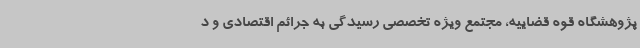
پژوهشگاه قوه قضاییه، مجتمع ویژه تخصصی رسیدگی به جرائم اقتصادی و د